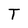
Character: T